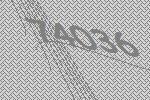
74036